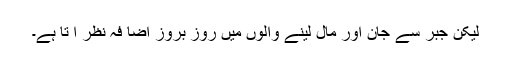
لیکن جبر سے جان اور مال لینے والوں میں روز بروز اضا فہ نظر آ تا ہے۔